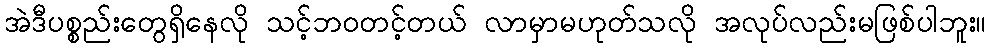
အဲဒီပစ္စည်းတွေရှိနေလို သင့်ဘဝတင့်တယ် လာမှာမဟုတ်သလို အလုပ်လည်းမဖြစ်ပါဘူး။